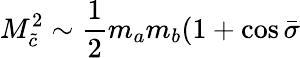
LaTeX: M_{\tilde{c}}^{2}\sim\frac{1}{2}m_{a}m_{b}(1+\cos\bar{\sigma}